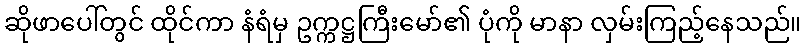
ဆိုဖာပေါ်တွင် ထိုင်ကာ နံရံမှ ဥက္ကဋ္ဌကြီးမော်၏ ပုံကို မာနာ လှမ်းကြည့်နေသည်။